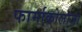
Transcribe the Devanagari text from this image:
फार्माकोलॉजी